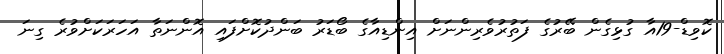
ކޮވިޑް-19އާ ގުޅިގެން ބޭރުގެ ފަތުުރުވެރިންނަށް އިންޑިއާގެ ބޯޑަރު ބަންދުކޮށްފައި އޮންނަތާ އަހަރަކަށްވުރެ ގިނަ